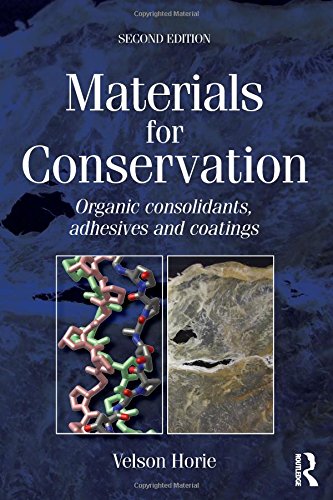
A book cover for Materials for Conservation; C V Horie; Crafts, Hobbies & Home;